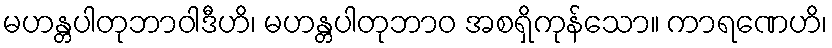
မဟန္တပါတုဘာဝါဒီဟိ၊ မဟန္တပါတုဘာဝ အစရှိကုန်သော။ ကာရဏေဟိ၊